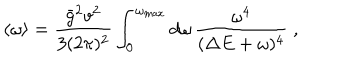
LaTeX: \langle \omega \rangle = \frac { \bar { g } ^ { 2 } v ^ { 2 } } { 3 ( 2 \pi ) ^ { 2 } } \int _ { 0 } ^ { \omega _ { \mathrm { m a x } } } d \omega \, \frac { \omega ^ { 4 } } { ( \Delta E + \omega ) ^ { 4 } } \; ,